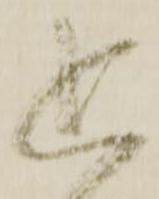
追